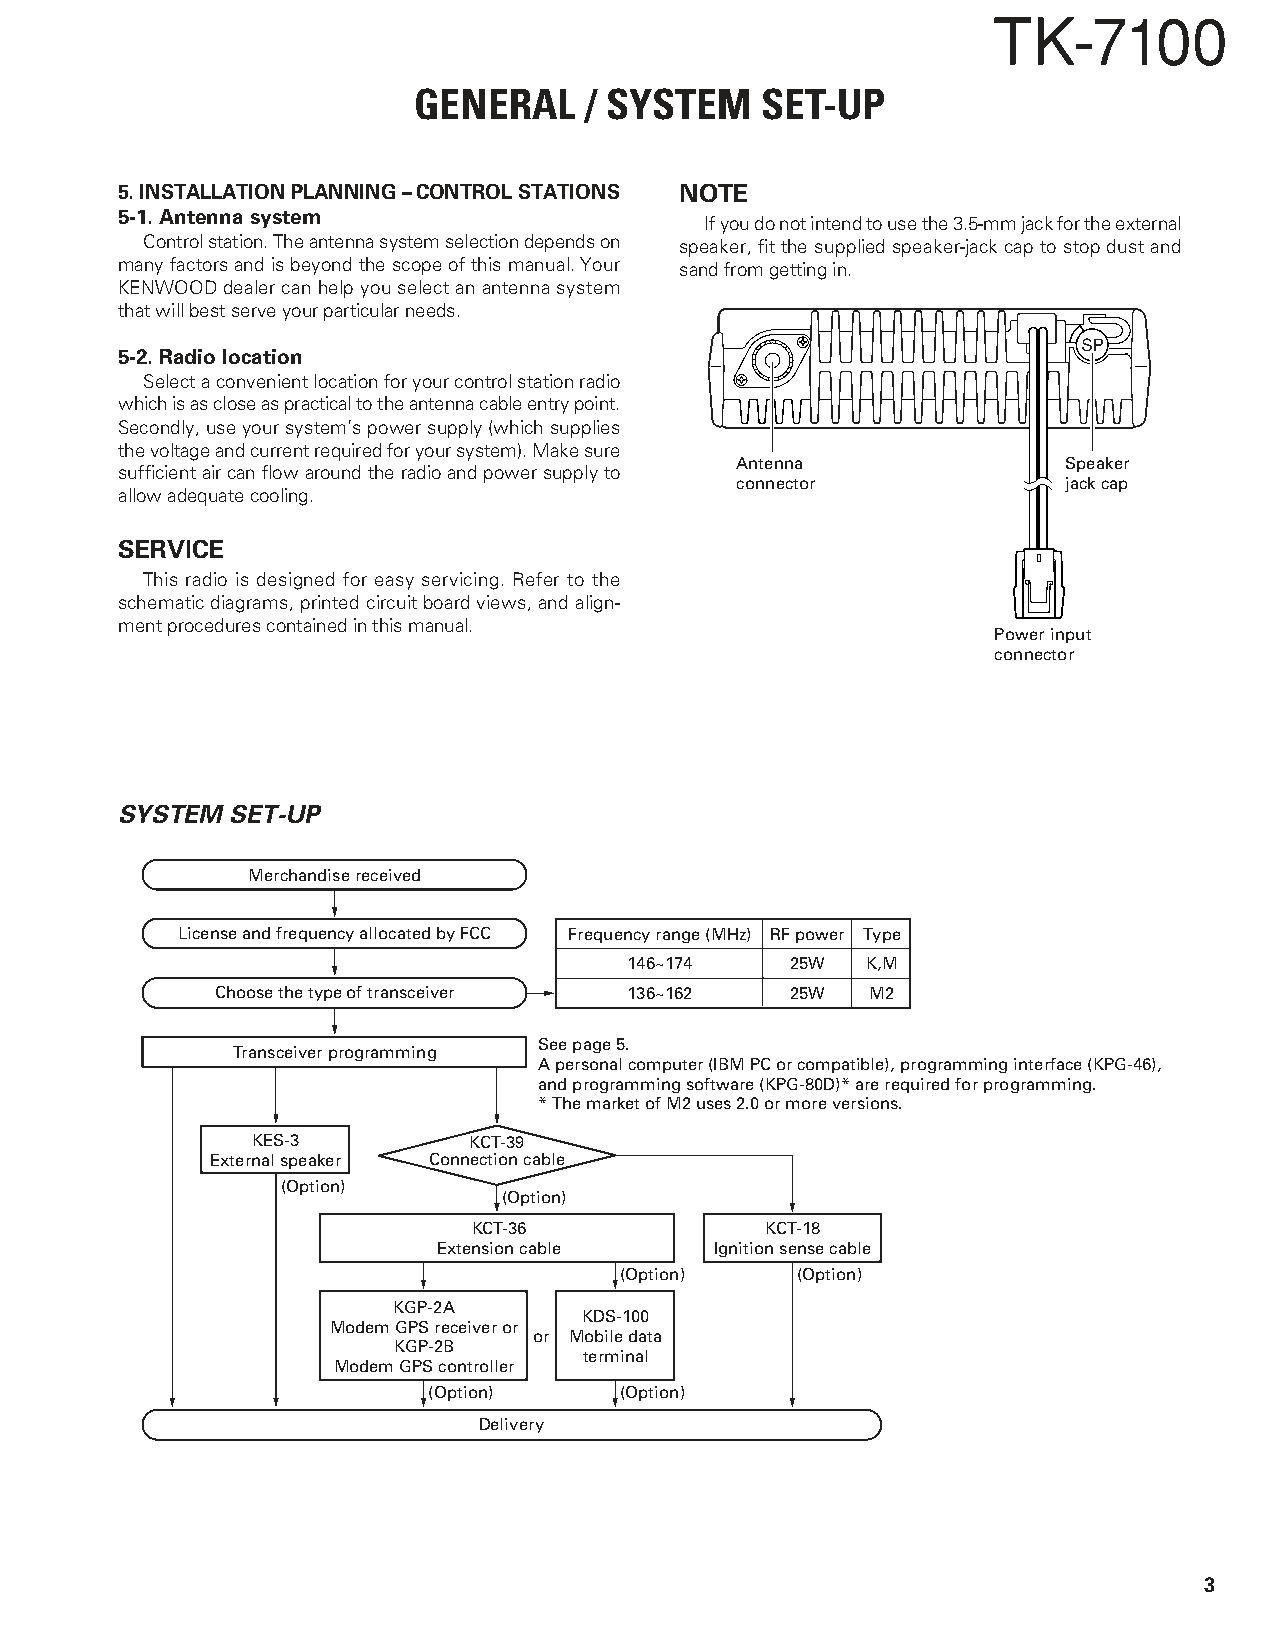
TK-7100
 GENERAL     / SYSTEM   SET-UP
 5. INSTALLATIONPLANNING – CONTROLSTATIONS NOTE
 5-1. Antenna system
 If you do not intend to use the 3.5-mm jack for the external
 Control station. The antenna system selection depends on speaker, fit the supplied speaker-jack cap to stop dust and
 many factors and is beyond the scope of this manual. Your sand from getting in.
 KENWOODdealer can help you select an antenna system
 that will best serve your particular needs.
 5-2. Radio location
 Select a convenient location for your control station radio
 which is as close as practical to the antenna cable entry point.
 Secondly, use your system’s power supply (which supplies
 the voltage and current required for your system). Make sure
 Antenna              Speaker
 sufficient air can flow around the radio and power supply to
 connector            jack cap
 allow adequate cooling.
 SERVICE
 This radio is designed for easy servicing. Refer to the
 schematic diagrams, printed circuit board views, and align-
 ment procedures contained in this manual.
 Power input
 connector
 SYSTEM SET-UP
 Merchandise received
 License and frequency allocated by FCC Frequency range (MHz) RF power Type
 146~174   25W  K,M
 Choose the type of transceiver 136~162 25W  M2
 See page 5.
 Transceiver programming
 A personal computer (IBM PC or compatible), programming interface (KPG-46),
 and programming software (KPG-80D)* are required for programming.
 * The market of M2 uses 2.0 or more versions.
 KES-3         KCT-39
 External speaker Connection cable
 (Option)
 (Option)
 KCT-36              KCT-18
 Extension cable   Ignition sense cable
 (Option)    (Option)
 KGP-2A
 KDS-100
 Modem GPS receiver or
 or Mobile data
 KGP-2B
 terminal
 Modem GPS controller
 (Option)     (Option)
 Delivery
 3